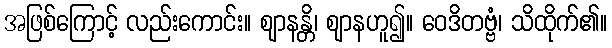
အဖြစ်ကြောင့် လည်းကောင်း။ ဈာနန္တိ၊ ဈာနဟူ၍။ ဝေဒိတဗ္ဗံ၊ သိထိုက်၏။